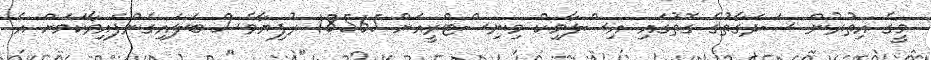
މީގެ އިތުރުން ސަދަގާތުގެ ގޮތުގައި އިސްލާމިކް މިނިސްޓްރީއަށް 18565 ރުފިޔާވެސް ބަލައިގެންފައިވާކަމަށް އެ